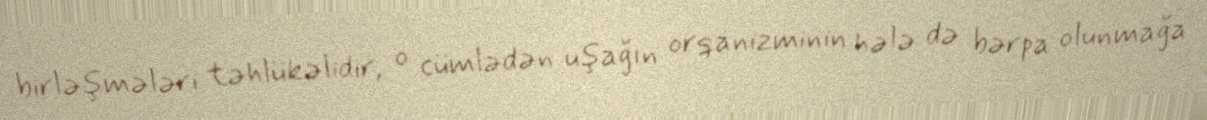
birləşmələri təhlükəlidir, o cümlədən uşağın orqanizminin hələ də bərpa olunmağa